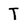
Character: T